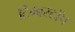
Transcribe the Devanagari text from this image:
टिम्बरटॉप